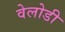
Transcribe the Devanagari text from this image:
वेलोडी